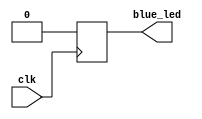
module led(
  input clk,
  output reg blue_led
);

  always @(posedge clk) blue_led = 0;

endmodule